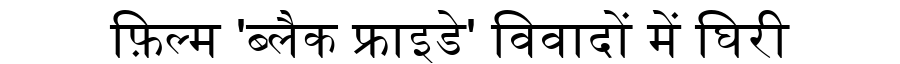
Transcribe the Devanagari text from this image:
फ़िल्म 'ब्लैक फ्राइडे' विवादों में घिरी